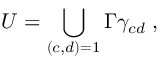
U = \bigcup _ { ( c , d ) = 1 } \Gamma \gamma _ { c d } \; ,